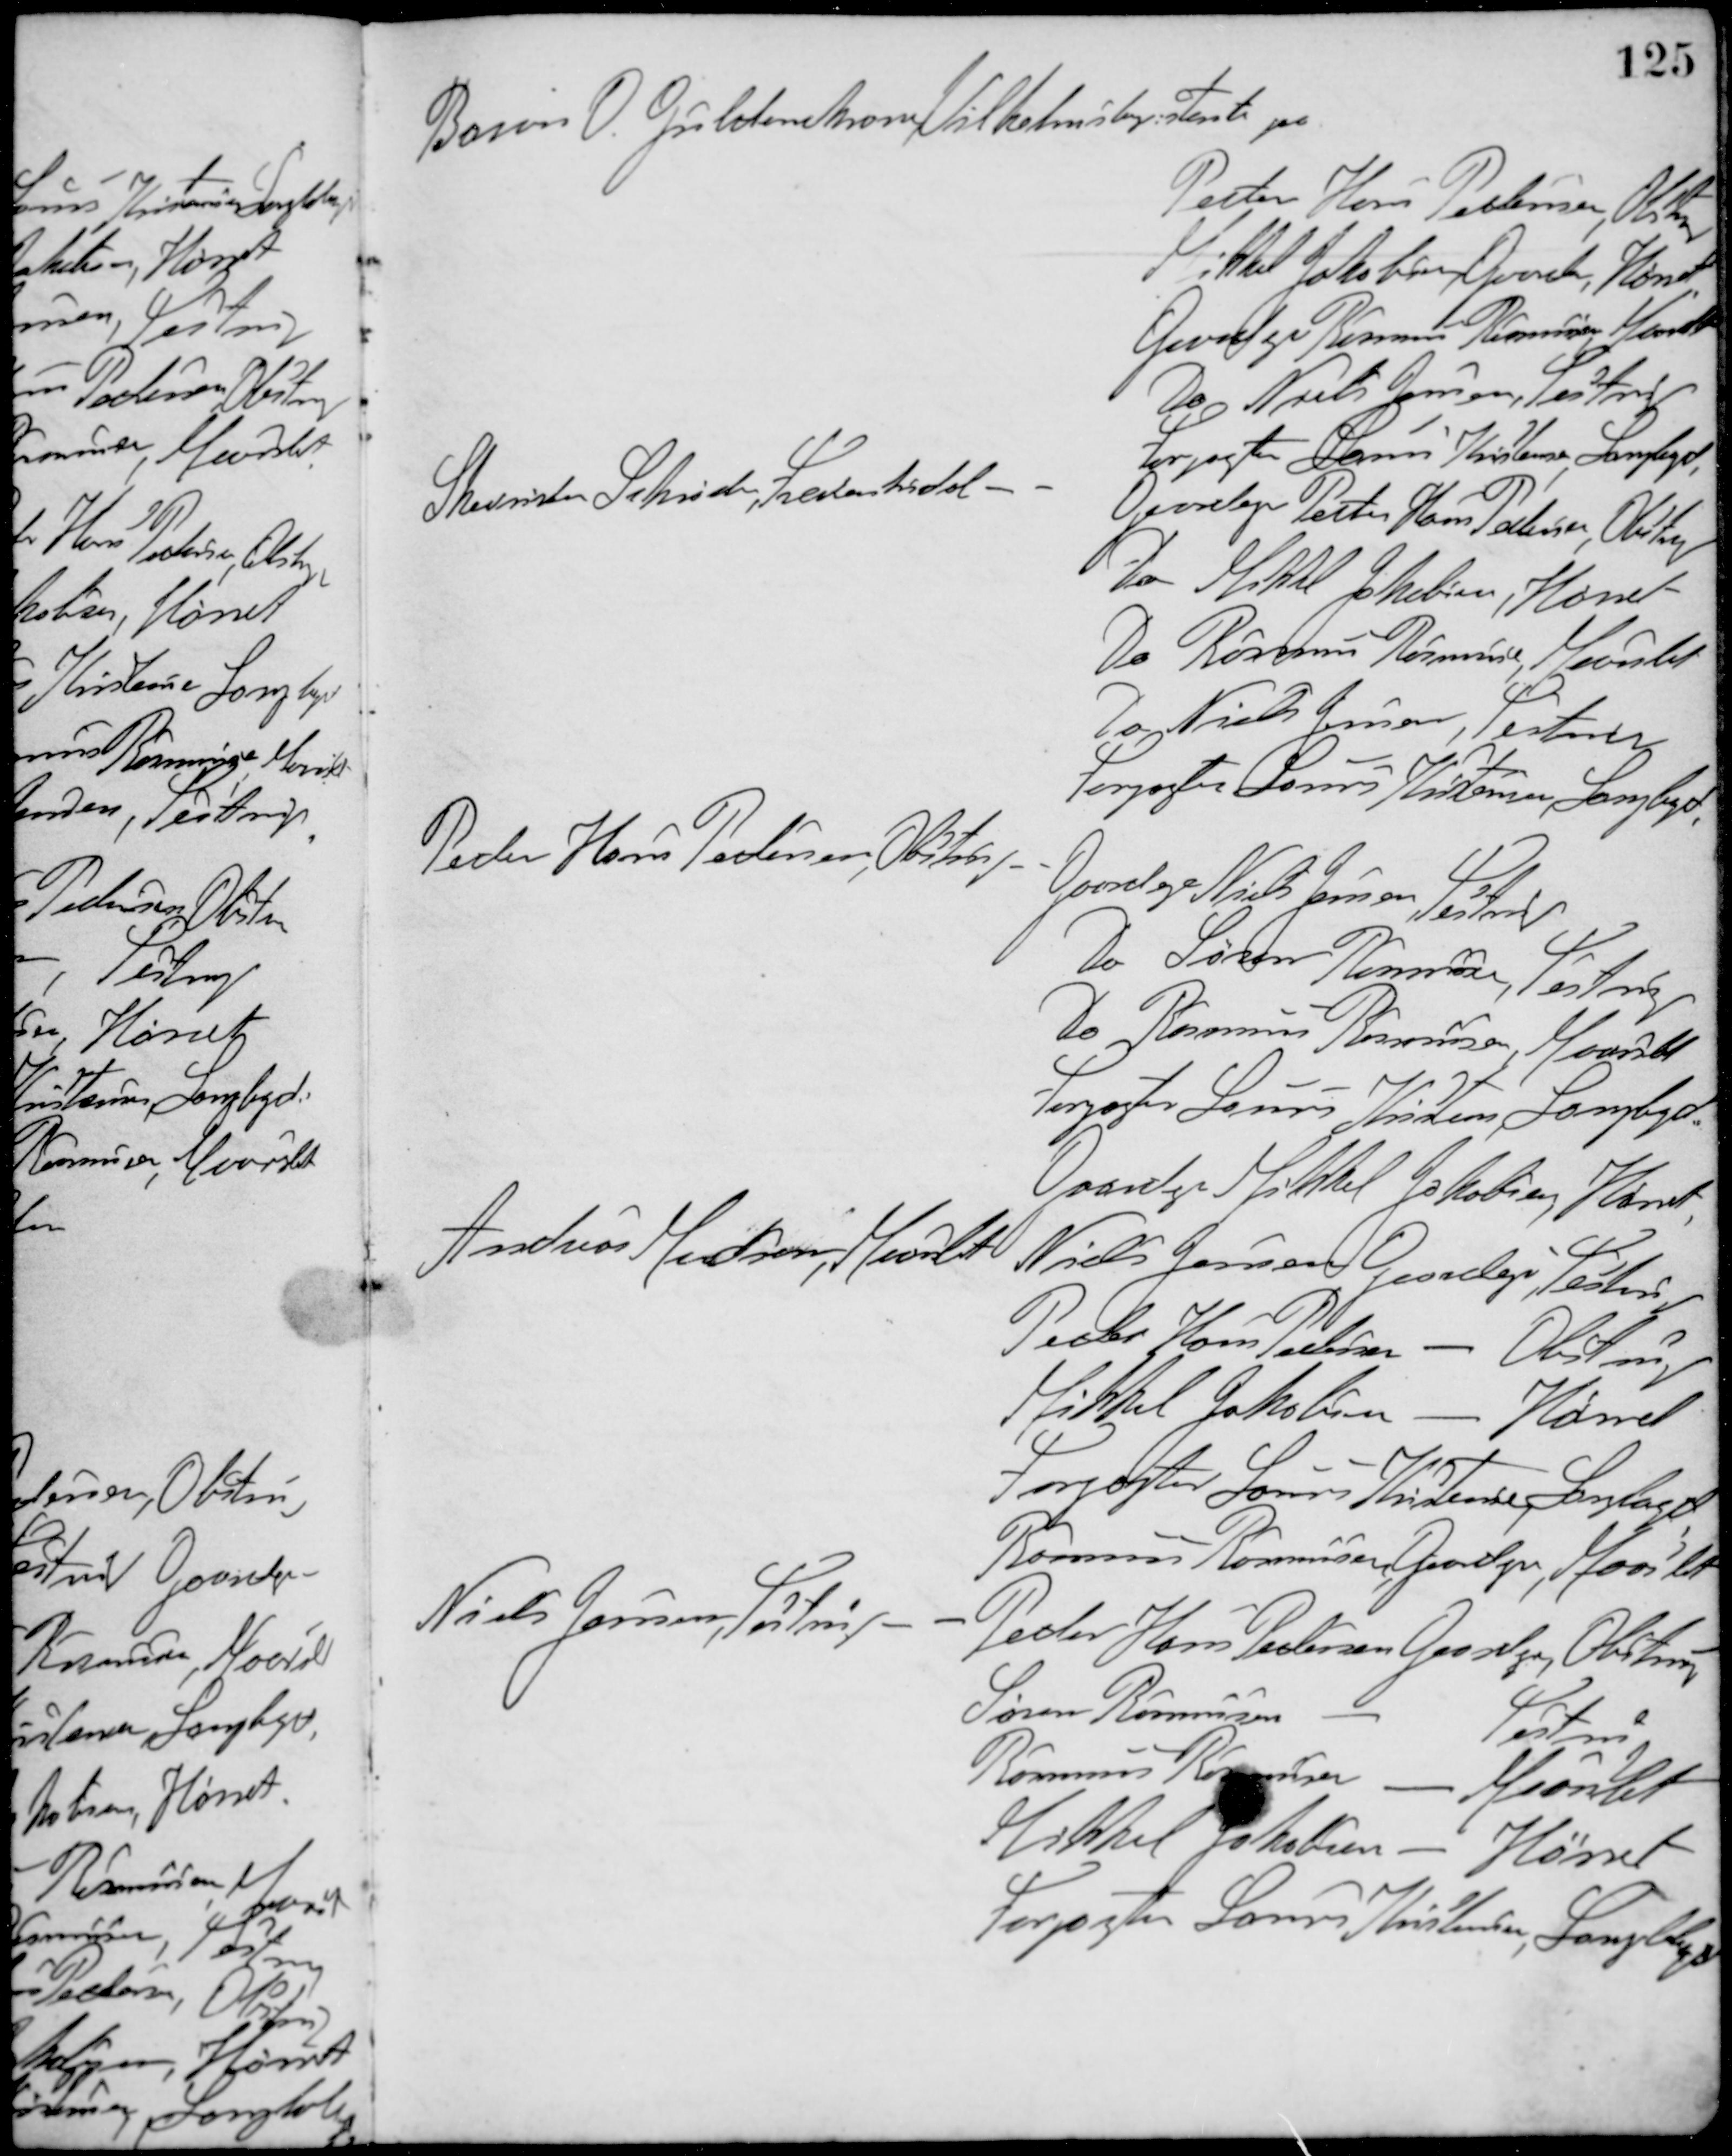
Transskription:
Baron O. Gyldenkrone, Vilhelmsbg. stemte paa
Peder Hans Pedersen, Obstrup
Mikkel Jakobsen, Gaard, Hørret
Gaardejer Rasmus Rasmussen, Maarslet
Do Niels Jensen, Testrup
Forpagte Laurs Kristensen, Langbgd
Skovrider Schrøder, Frederiksdal - -
Gaardejer Peder Hans Pedersen, Obstrup
Do Mikkel Jakobsen, Hørret
Do Rasmus Rasmussen, Maarslet
Do Niels Jensen, Testrup
Forpagter Laurs Kristensen, Langbgd.
Peder Hans Pedersen, Obstrup - -
Gaardejer Niels Jensen, Testrup
Do Søren Rasmussen, Testrup
Do Rasmus Rasmussen, Maarslet
Forpagter Laurs Kristensen , Langbgd.
Gaardejer Mikkel Jakobsen, Hørret
Andreas Madsen, Maarslet
Niels Jensen Gaardejer, Testrup
Peder Hans Pedersen - Obstrup
Mikkel Jakobsen - Hørret
Forpagter Laurs Kristensen, Langbgd
Rasmus Rasmussen, Gaardejer, Maarslet
Niels Jensen, Testrup - -
Peder Hans Pedersen Gaardejer, Obstrup
Søren Rasmusen - Testrup
Rasmus Ramussen - Maarslet
Mikkel Jakobsen - Hørret
Forpagter Laurs Kristensen, Langbgd.